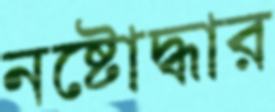
নষ্টোদ্ধার